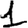
Digit: 1